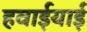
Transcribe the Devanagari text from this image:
हवाईयाई